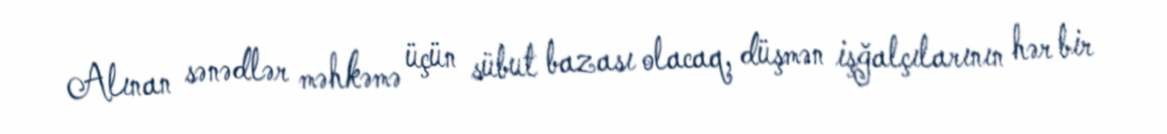
Alınan sənədlər məhkəmə üçün sübut bazası olacaq, düşmən işğalçılarının hər bir